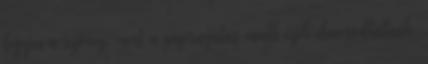
legyen a szöveg, mert a papírnyúlás miatt ezek elmosódhatnak,